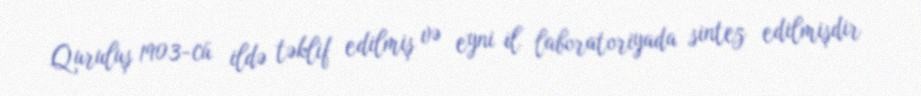
Quruluş 1903-cü ildə təklif edilmiş və eyni il laboratoriyada sintez edilmişdir